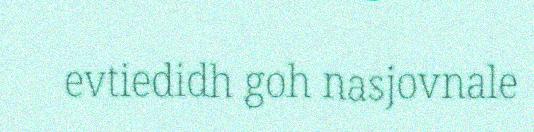
evtiedidh goh nasjovnale